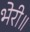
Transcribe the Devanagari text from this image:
भेरी॥